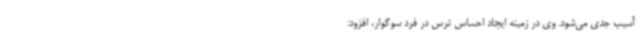
آسیب جدی می‌شود. وی در زمینه ایجاد احساس ترس در فرد سوگوار، افزود: